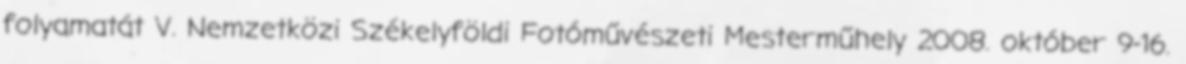
folyamatát V. Nemzetközi Székelyföldi Fotóművészeti Mesterműhely 2008. október 9-16.